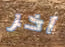
آخر